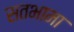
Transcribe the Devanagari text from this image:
सतभामा